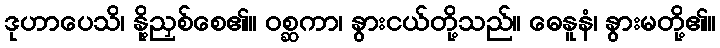
ဒုဟာပေသိ၊ နို့ညှစ်စေ၏။ ဝစ္ဆကာ၊ နွားငယ်တို့သည်။ ဓေနူနံ၊ နွားမတို့၏။